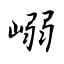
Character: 嵶